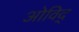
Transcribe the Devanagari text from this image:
ओविद्